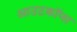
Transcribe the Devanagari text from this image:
आउटक्रॉप्स